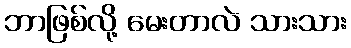
ဘာဖြစ်လို့ မေးတာလဲ သားသား